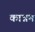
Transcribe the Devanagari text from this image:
कान्नम